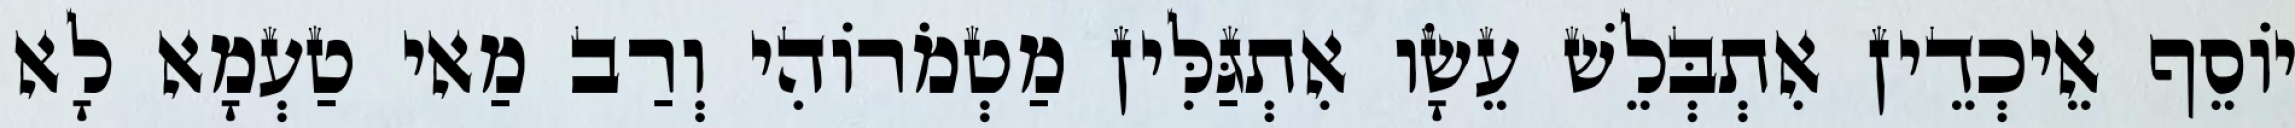
יוֹסֵף אֵיכְדֵין אִתְבְּלֵשׁ עֵשָׂו אִתְגַּלִּין מַטְמֹרוֹהִי וְרַב מַאי טַעְמָא לָא